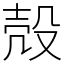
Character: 殻